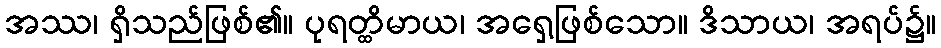
အဿ၊ ရှိသည်ဖြစ်၏။ ပုရတ္ထိမာယ၊ အရှေ့ဖြစ်သော။ ဒိသာယ၊ အရပ်၌။